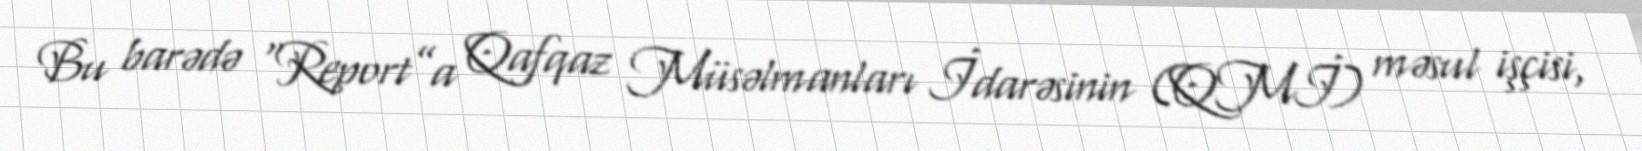
Bu barədə “Report”a Qafqaz Müsəlmanları İdarəsinin (QMİ) məsul işçisi,